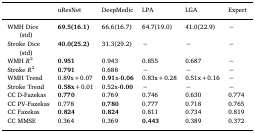
|  | uResNet | DeepMedic | LPA | LGA | Expert |
 | --- | --- | --- | --- | --- | --- |
 | WMH Dice (std) | 69.5(16.1) | 66.6(16.7) | 64.7(19.0) | 41.0(22.9) | − |
 | Stroke Dice (std) | 40.0(25.2) | 31.3(29.2) | − | − | − |
 | WMH R2 | 0.951 | 0.943 | 0.855 | 0.687 | − |
 | Stroke R2 | 0.791 | 0.688 | − | − | − |
 | WMH Trend | 0.89x+0.07 | 0.91x-0.06 | 0.83x+0.28 | 0.51x+0.16 | − |
 | Stroke Trend | 0.58x+0.01 | 0.52x-0.00 | − | − | − |
 | CC D-Fazekas | 0.770 | 0.769 | 0.746 | 0.630 | 0.774 |
 | CC PV-Fazekas | 0.778 | 0.780 | 0.777 | 0.718 | 0.765 |
 | CC Fazekas | 0.824 | 0.824 | 0.811 | 0.734 | 0.819 |
 | CC MMSE | 0.364 | 0.369 | 0.443 | 0.389 | 0.372 |